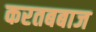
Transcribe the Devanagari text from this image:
करतबबाज